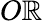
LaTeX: O\mathbb{R}